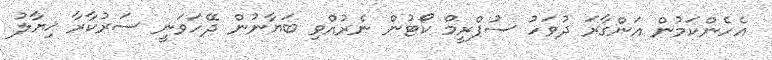
އެހެންކަމުން އަންގާރަ ދުވަހު ސުޕްރީމް ކޯޓުން ނެރުއްވި ބަޔާނުން ދޭހަވަނީ ސަރުކާރާ ޚިޔާލު